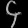
Digit: ၄